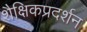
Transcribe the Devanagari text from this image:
शैक्षिकप्रदर्शन